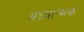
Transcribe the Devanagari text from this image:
अध्यात्मक